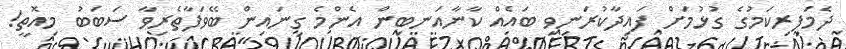
ދެމަފިރިކަމުގެ ގުޅުމަށް ފައިދާކުރަނިވި ބައެއް ކާނާއަނބިން އެންމެ ގިނައިން ބޭވަފާތެރިވާ ސަބަބު މިއޮތީ!